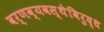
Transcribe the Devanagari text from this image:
वर्णव्यवस्थेविरुद्ध